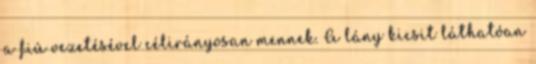
a fiú vezetésével célirányosan mennek. A lány kicsit láthatóan